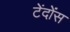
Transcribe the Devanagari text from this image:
टेंदोंस